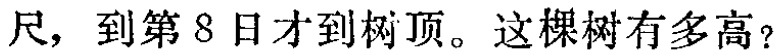
尺，到第 8 日才到树顶。这棵树有多高？